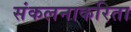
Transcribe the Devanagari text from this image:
संकलनाकरिता